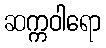
ဆက္ကဝါရော